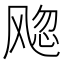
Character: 𬲀